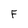
Character: F